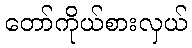
တော်ကိုယ်စားလှယ်